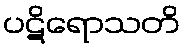
ပဋိရောသတိ